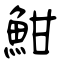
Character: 魽